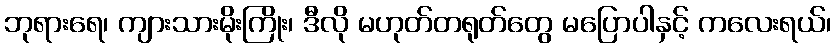
ဘုရားရေ၊ ကျားသားမိုးကြိုး၊ ဒီလို မဟုတ်တရုတ်တွေ မပြောပါနှင့် ကလေးရယ်၊